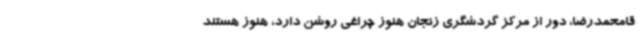
قامحمدرضا، دور از مرکز گردشگری زنجان هنوز چراغی روشن دارد، هنوز هستند